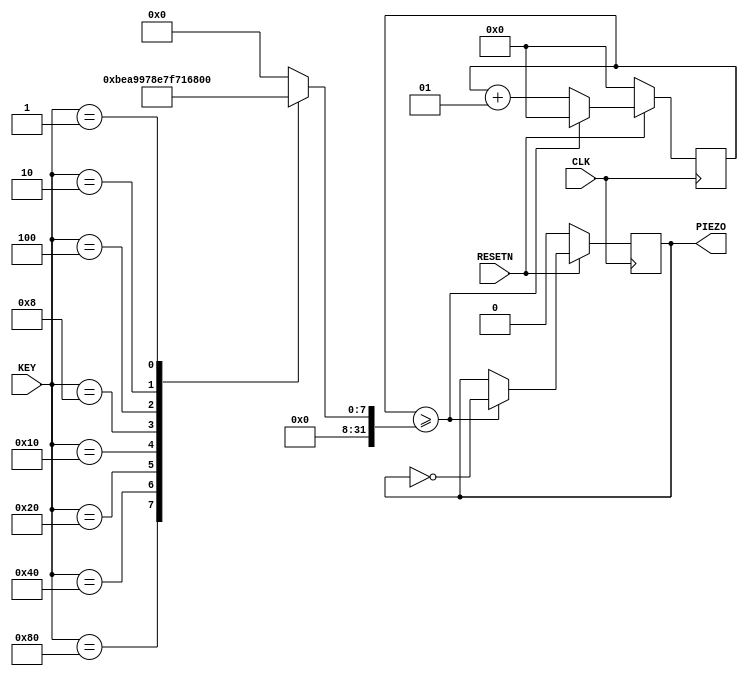
// CH3_PIEZO_EX.V

module CH3_PIEZO_EX(
	RESETN, CLK,
	KEY,
	PIEZO
);

input RESETN, CLK;
input [7:0] KEY;
output PIEZO;

reg BUFF;
integer CNT_SOUND;
integer LIMIT;

wire PIEZO;

always @(KEY)
begin
	case(KEY)
		8'b10000000: LIMIT = 190;
		8'b01000000: LIMIT = 169;
		8'b00100000: LIMIT = 151;
		8'b00010000: LIMIT = 142;
		8'b00001000: LIMIT = 127;
		8'b00000100: LIMIT = 113;
		8'b00000010: LIMIT = 100;
		8'b00000001: LIMIT = 95;
		default: LIMIT = 0;
	endcase
end

always @(posedge CLK)
begin
if(~RESETN)
	begin
		BUFF = 1'b0;
		CNT_SOUND = 0;
	end
else
	begin
		if(CNT_SOUND >= LIMIT)
			begin
				CNT_SOUND = 0;
				BUFF = ~BUFF;
			end
		else
			CNT_SOUND = CNT_SOUND + 1;
	end
end

assign PIEZO = BUFF;

endmodule